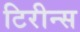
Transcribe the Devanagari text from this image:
टिरीन्स